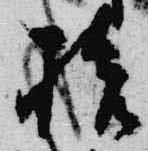
拾